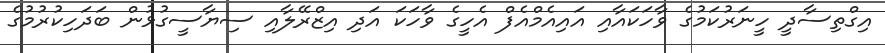
އިގްތިސާދީ ހީނަރުކަމުގެ ވާހަކައާއި އައިއެމްއެފް އެހީގެ ވާހަކަ އަދި އިޒްރޭލާއި ސިޔާސީގުޅުން ބަދަހިކުރުމުގެ